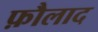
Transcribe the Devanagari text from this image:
फ़ौलाद